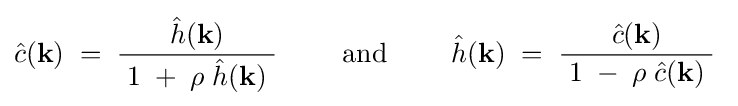
{\hat {c}}(\mathbf {k} )\;=\;{\frac {{\hat {h}}(\mathbf {k} )}{\;1\;+\;\rho \;{\hat {h}}(\mathbf {k} )\;}}\qquad {\text{ and }}\qquad {\hat {h}}(\mathbf {k} )\;=\;{\frac {{\hat {c}}(\mathbf {k} )}{\;1\;-\;\rho \;{\hat {c}}(\mathbf {k} )\;}}~